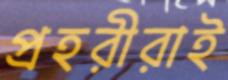
প্রহরীরাই